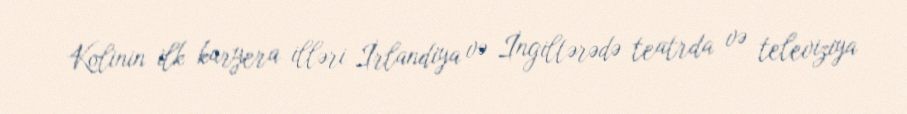
Kolinin ilk karyera illəri İrlandiya və İngiltərədə teatrda və televiziya